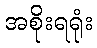
အစိုးရရုံး